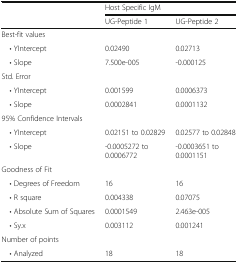
<table><thead><tr><td rowspan="2"></td><td colspan="2"><b>Host Specific IgM</b></td></tr><tr><td><b>UG-Peptide 1</b></td><td><b>UG-Peptide 2</b></td></tr></thead><tbody><tr><td colspan="3">Best-fit values</td></tr><tr><td> • YIntercept</td><td>0.02490</td><td>0.02713</td></tr><tr><td> • Slope</td><td>7.500e-005</td><td>-0.000125</td></tr><tr><td colspan="3">Std. Error</td></tr><tr><td> • YIntercept</td><td>0.001599</td><td>0.0006373</td></tr><tr><td> • Slope</td><td>0.0002841</td><td>0.0001132</td></tr><tr><td colspan="3">95% Confidence Intervals</td></tr><tr><td> • YIntercept</td><td>0.02151 to 0.02829</td><td>0.02577 to 0.02848</td></tr><tr><td> • Slope</td><td>-0.0005272 to 0.0006772</td><td>-0.0003651 to 0.0001151</td></tr><tr><td colspan="3">Goodness of Fit</td></tr><tr><td> • Degrees of Freedom</td><td>16</td><td>16</td></tr><tr><td> • R square</td><td>0.004338</td><td>0.07075</td></tr><tr><td> • Absolute Sum of Squares</td><td>0.0001549</td><td>2.463e-005</td></tr><tr><td> • Sy.x</td><td>0.003112</td><td>0.001241</td></tr><tr><td colspan="3">Number of points</td></tr><tr><td> • Analyzed</td><td>18</td><td>18</td></tr></tbody></table>